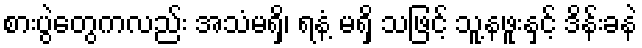
စားပွဲတွေကလည်း အသံမရှိ၊ ရနံ့ မရှိ သဖြင့် သူ့နဖူးနှင့် ဒိန်းခနဲ